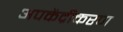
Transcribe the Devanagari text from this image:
अपकेंद्रीकरण